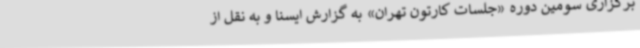
برگزاری سومین دوره «جلسات کارتون تهران» به گزارش ایسنا و به نقل از